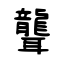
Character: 聾